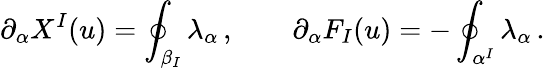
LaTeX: \partial_{\alpha}X^{I}(u)=\oint_{\beta_{I}}\lambda_{\alpha}\, ,\qquad\partial_{\alpha}F_{I}(u)=-\oint_{\alpha^{I}}\lambda_{\alpha}\, .